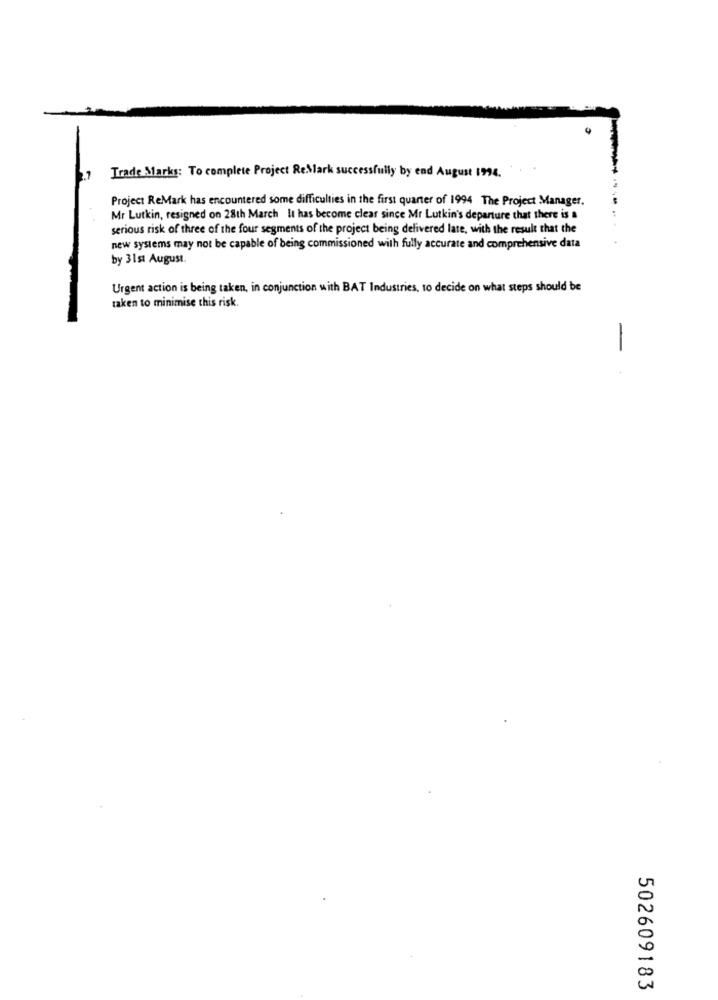
Trade Marks: To complete Project ReMark successfully by end August 1994.
Project ReMark has encountered some difficulties in the first quarter of 1994 The Project Manager.
Mr Lutkin, resigned on 28th March It has become clear since Mr Lutkin's departure that there is a
serious risk of three of the four segments of the project being delivered late, with the result that the
new systems may not be capable of being commissioned with fully accurate and comprehensive data
by 31st August.
Urgent action is being taken, in conjunction with BAT Industries, to decide on what steps should be
taken to minimise this risk
502609183